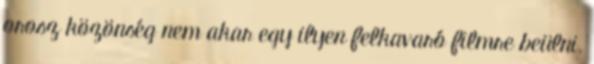
orosz közönség nem akar egy ilyen felkavaró filmre beülni.